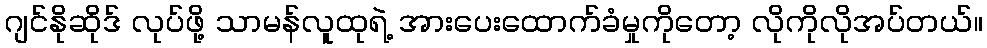
ဂျင်နိုဆိုဒ် လုပ်ဖို့ သာမန်လူထုရဲ့ အားပေးထောက်ခံမှုကိုတော့ လိုကိုလိုအပ်တယ်။